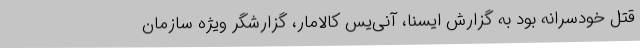
قتل خودسرانه بود به گزارش ایسنا، آنی‌یس کالامار، گزارشگر ویژه سازمان